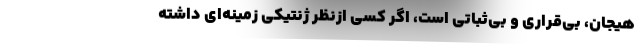
هیجان، بی‌قراری و بی‌ثباتی است، اگر کسی ازنظر ژنتیکی زمینه‌ای داشته